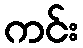
ကင်း